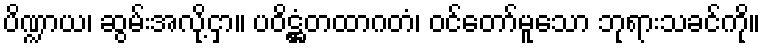
ပိဏ္ဍာယ၊ ဆွမ်းအလို့ငှာ။ ပဝိဋ္ဌံတထာဂတံ၊ ဝင်တော်မူသော ဘုရားသခင်ကို။